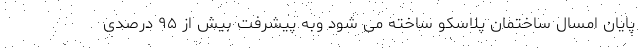
پایان امسال ساختمان پلاسکو ساخته می شود وبه پیشرفت بیش از ۹۵ درصدی